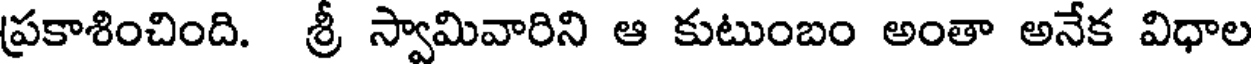
ప్రకాశించింది. శ్రీ స్వామివారిని ఆ కుటుంబం అంతా అనేక విధాల